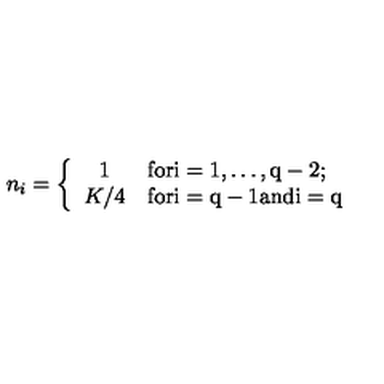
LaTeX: n _ { i } = \left\{ \begin{array} { c l } { 1 } & { \mathrm { f o r i = 1 , \dots , q - 2 ; } } \\ { K / 4 } & { \mathrm { f o r i = q - 1 a n d i = q } } \\ \end{array} \right.